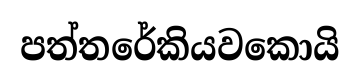
පත්තරේකියවකොයි